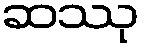
ဆဿု